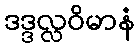
ဒဒ္ဒလ္လဝိမာနံ